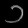
Digit: ၁